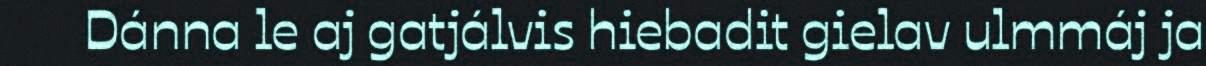
Dánna le aj gatjálvis hiebadit gielav ulmmáj ja